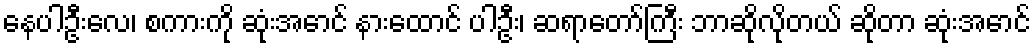
နေပါဦးလေ၊ စကားကို ဆုံးအောင် နားထောင် ပါဦး၊ ဆရာတော်ကြီး ဘာဆိုလိုတယ် ဆိုတာ ဆုံးအောင်